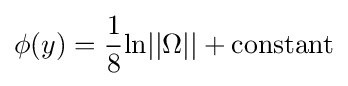
\phi (y)={\frac {1}{8}}{\text{ln}}||\Omega ||+{\text{constant}}